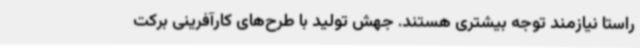
راستا نیازمند توجه بیشتری‌ هستند. جهش تولید با طرح‌های کارآفرینی برکت